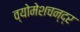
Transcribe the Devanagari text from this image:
व्योमेशचन्द्र